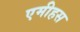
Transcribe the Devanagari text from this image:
एमीहस